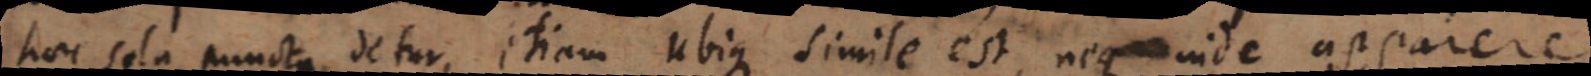
haec sola puncta detur, etiam ubique simile est, neque inde apparere